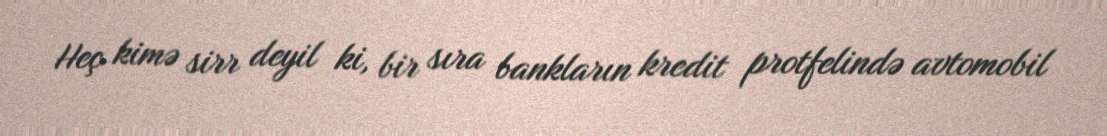
Heç kimə sirr deyil ki, bir sıra bankların kredit protfelində avtomobil